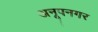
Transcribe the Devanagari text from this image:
अनूपनगर